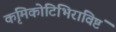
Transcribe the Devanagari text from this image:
कृमिकोटिभिराविष्टं